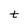
Character: t